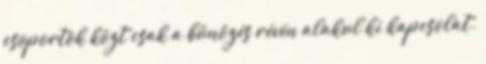
csoportok közt csak a bűnözés révén alakul ki kapcsolat.